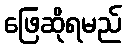
ဖြေဆိုရမည်